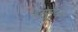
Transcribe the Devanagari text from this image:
रेजोलुजन